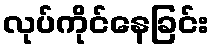
လုပ်ကိုင်နေခြင်း